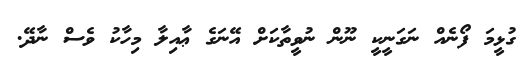
ގުޅީމަ ފޯނެއް ނަގަނީކީ ނޫން ނުވީތާކަށް އޭނަގެ ޢާއިލާ މިހާކު ވެސް ނާދޭ.